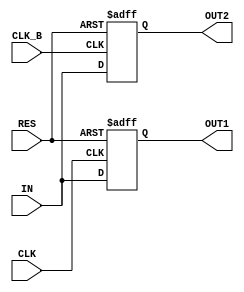
module DEMUX_1to2 (IN, CLK, CLK_B, RES, OUT1, OUT2);

	 parameter BW = 6;

	 input signed [BW+3:0] IN;
	 input CLK, CLK_B, RES;
	 output signed [BW+3:0] OUT1, OUT2;
	 reg signed [BW+3:0] OUT1, OUT2;

	  always @(posedge CLK or posedge RES) begin
		if( RES == 1'b1)
			OUT1 <= 0;
		else
			OUT1 <= IN;
	 end

	  always @(posedge CLK_B or posedge RES) begin
		if( RES == 1'b1)
			OUT2 <= 0;
		else
			OUT2 <= IN;
	 end

endmodule